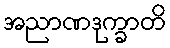
အညာဏဒုက္ခာတိ